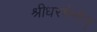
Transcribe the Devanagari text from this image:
श्रीधरमेनोन्